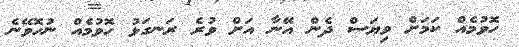
ހޮވުމެއް ކަމަށް ވިޔަސް ދެން އޭނާ އަށް ވުރެ ރަނގަޅު ހޮވުމެއް ނުހޮވޭނެ